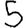
Digit: 5